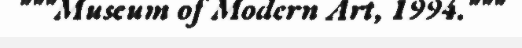
"""Museum of Modern Art, 1994."""